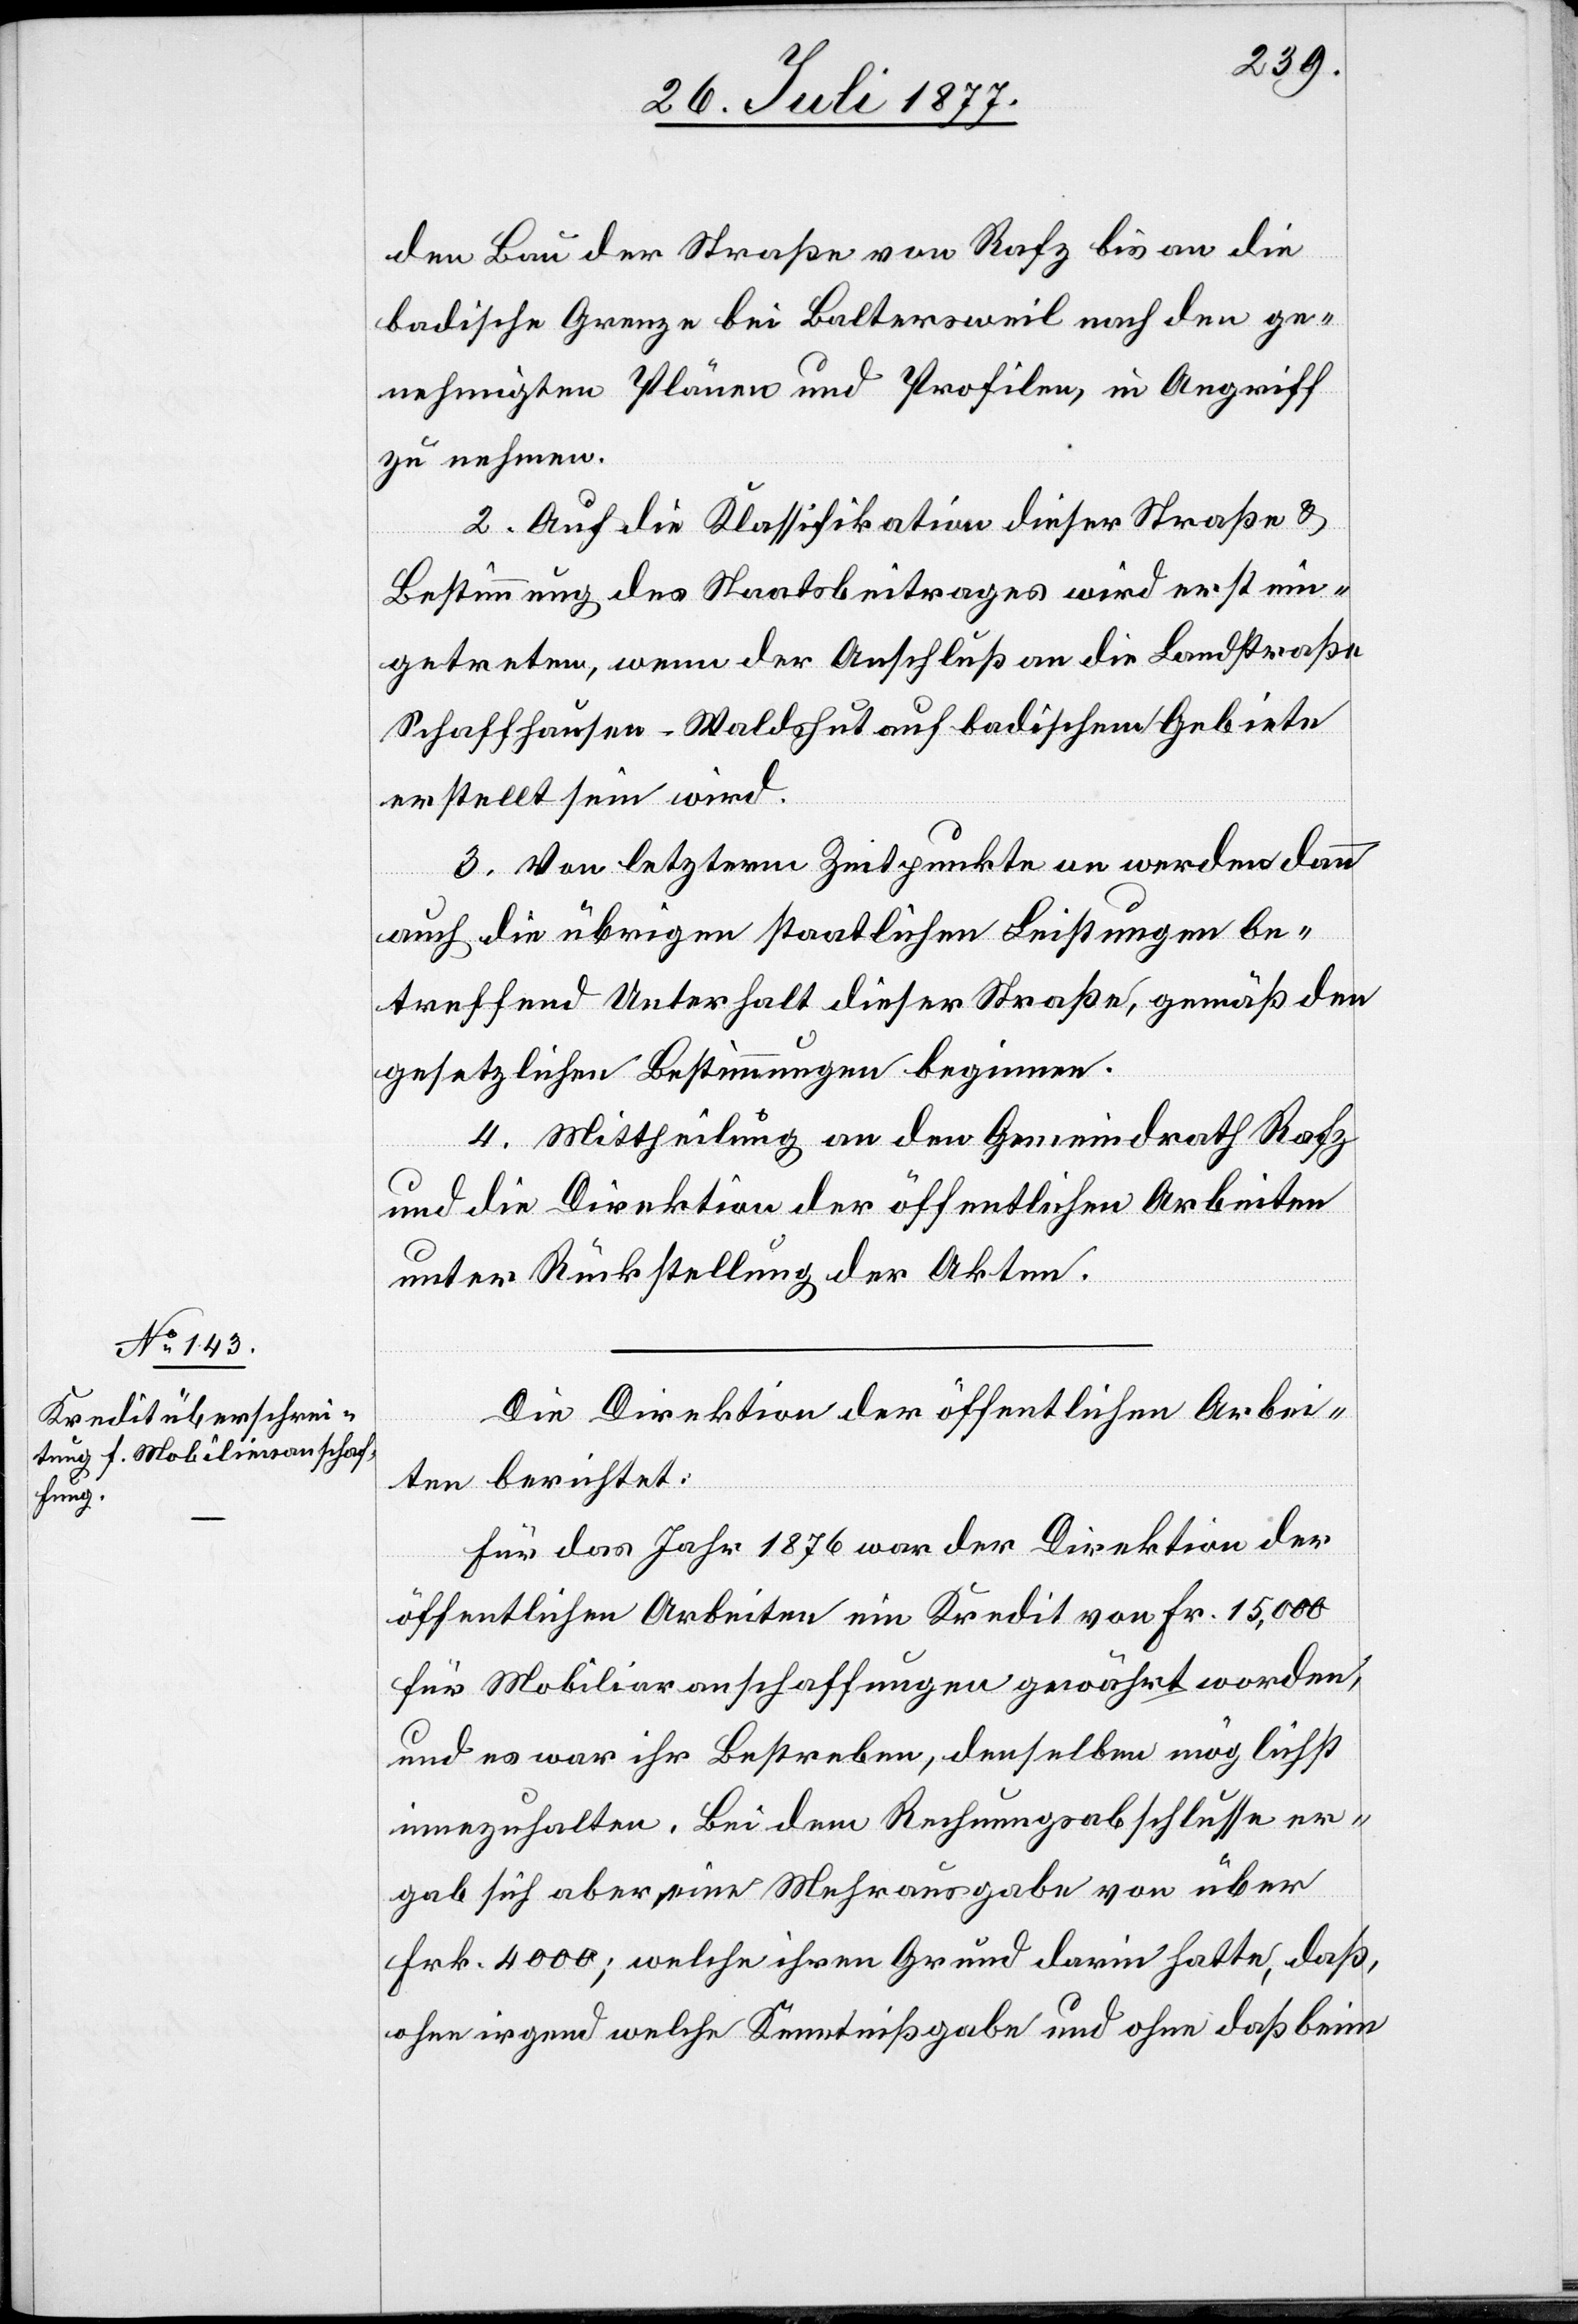
den Bau der Straße von Rafz bis an die
badische Grenze bei Baltersweil nach den ge¬
nehmigten Plänen und Profilen, in Angriff
zu nehmen.
2. Auf die Klassifikation dieser Straße &
Bestimmung des Staatsbeitrages wird erst ein¬
getreten, wenn der Anschluß an die Landstraße
Schaffhausen–Waldshut auf badischem Gebiete
erstellt sein wird.
3. Von letzterm Zeitpunkte an werden dann
auch die übrigen staatlichen Leistungen be¬
treffend Unterhalt dieser Straße, gemäß den
gesetzlichen Bestimmungen beginnen.
4. Mittheilung an den Gemeindrath Rafz
und die Direktion der öffentlichen Arbeiten
unter Rückstellung der Akten.
Die Direktion der öffentlichen Arbei¬
ten berichtet:
Für das Jahr 1876 war der Direktion der
öffentlichen Arbeiten ein Kredit von Fr. 15,000
für Mobiliaranschaffungen gewährt worden,
und es war ihr Bestreben, denselben möglichst
innezuhalten. Bei dem Rechnungsabschlusse er¬
gab sich aber eine Mehrausgabe von über
Frk. 4000; welche ihren Grund darin hatte, daß,
ohne irgend welche Kenntnißgabe und ohne daß beim